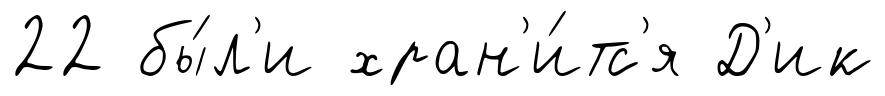
22 бы́л'и хран'и́тс'я Д'ик